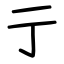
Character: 亍